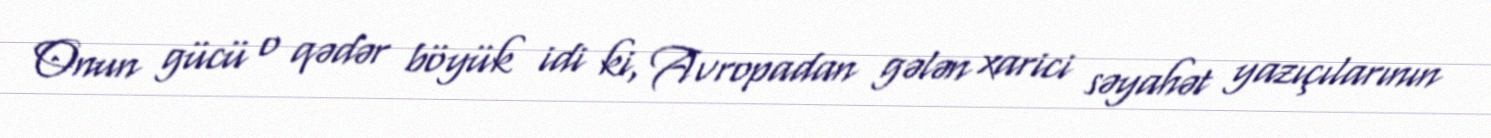
Onun gücü o qədər böyük idi ki, Avropadan gələn xarici səyahət yazıçılarının